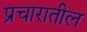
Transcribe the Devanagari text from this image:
प्रचारातील